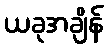
ယခုအချိန်